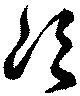
次